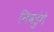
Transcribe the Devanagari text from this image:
निवडुंगे